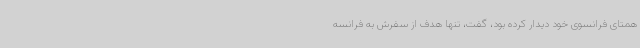
همتای فرانسوی خود دیدار کرده بود، گفت، تنها هدف از سفرش به فرانسه